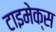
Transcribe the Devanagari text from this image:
टाइमेक्स